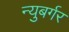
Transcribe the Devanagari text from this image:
न्युबर्गर